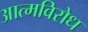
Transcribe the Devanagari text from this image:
आत्मविरोध